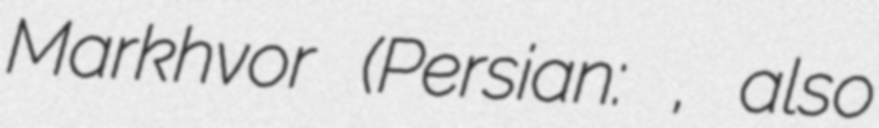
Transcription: Markhvor (Persian: مارخور, also